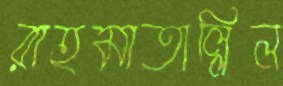
রাহমাতাল্লিল